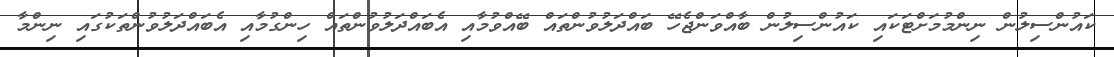
ކައުންސިލުން ނިންމުމަށްޓަކައި ކައުންސިލުން ބާއްވަންޖެހޭ ބައްދަލުވުންތައް ބޭއްވުމާއި އެބައްދަލުވުންތައް ހިންގުމާއި އެބައްދަލުވުންތަކުގައި ނިންމާ